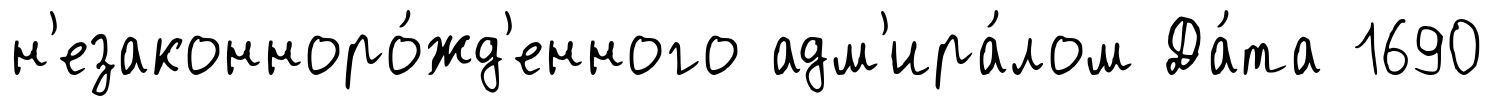
н'езаконноро́жд'енного адм'ира́лом Да́та 1690